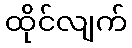
ထိုင်လျက်